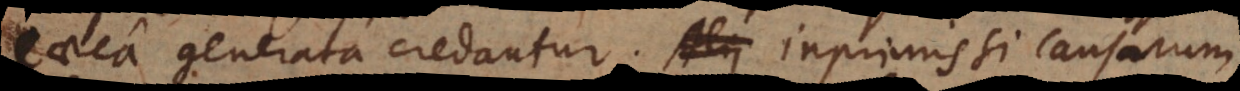
caeca generata credantur: inprimis si causarum